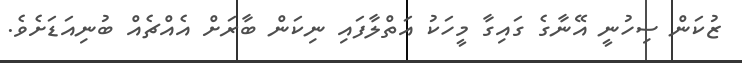
ޒުކަން ސިހުނީ އޭނާގެ ގައިގާ މީހަކު އަތްލާފައި ނިކަން ބާރަށް އެއްޗެއް ބުނިއަޑަށެވެ.